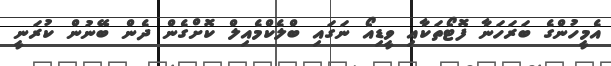
އެމީހުންގެ ބަރަހަނާ ފޮޓޯތަކާއި ވީޑިއޯ ނަގައި ބްލެކްމެއިލް ކޮށްގެން ދެން ބޭނުން ކުރަނީ